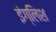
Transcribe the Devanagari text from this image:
इंग्‍लिश